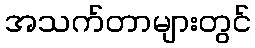
အသက်တာများတွင်